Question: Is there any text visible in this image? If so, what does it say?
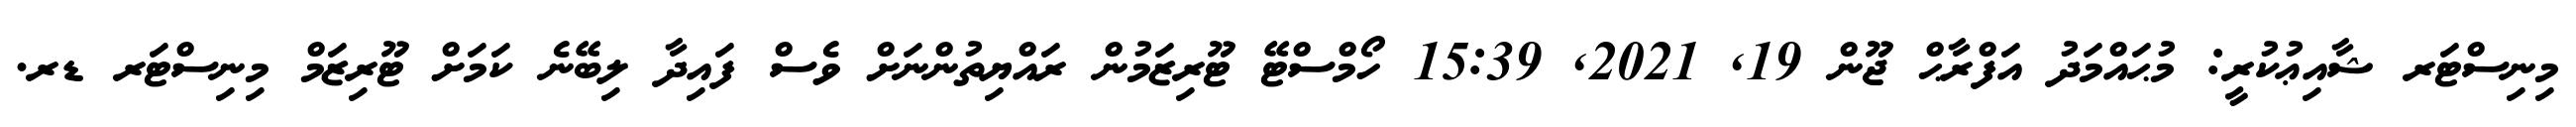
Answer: މިނިސްޓަރ ޝާއިޢުކުރީ: މުޙައްމަދު އަފްރާޙް ޖޫން 19, 2021, 15:39 ހޯމްސްޓޭ ޓޫރިޒަމުން ރައްޔިތުންނަށް ވެސް ފައިދާ ލިބޭނެ ކަމަށް ޓޫރިޒަމް މިނިސްޓަރ ޑރ.